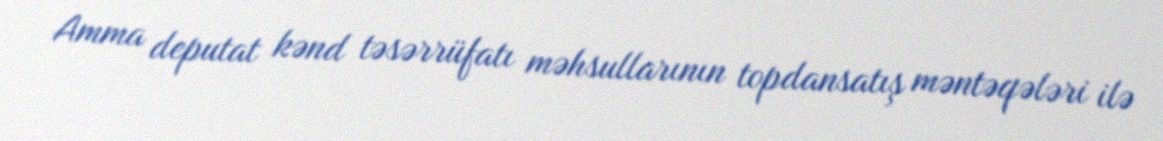
Amma deputat kənd təsərrüfatı məhsullarının topdansatış məntəqələri ilə